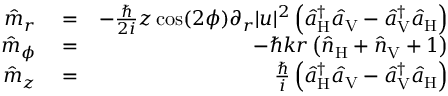
\begin{array} { r l r } { \hat { m } _ { r } } & { { } = } & { - \frac { \hbar } { 2 i } z \cos ( 2 \phi ) \partial _ { r } | u | ^ { 2 } \left( \hat { a } _ { \mathrm { H } } ^ { \dagger } \hat { a } _ { \mathrm { V } } - \hat { a } _ { \mathrm { V } } ^ { \dagger } \hat { a } _ { \mathrm { H } } \right) } \\ { \hat { m } _ { \phi } } & { { } = } & { - \hbar k r \left( \hat { n } _ { \mathrm { H } } + \hat { n } _ { \mathrm { V } } + 1 \right) } \\ { \hat { m } _ { z } } & { { } = } & { \frac { \hbar } { i } \left( \hat { a } _ { \mathrm { H } } ^ { \dagger } \hat { a } _ { \mathrm { V } } - \hat { a } _ { \mathrm { V } } ^ { \dagger } \hat { a } _ { \mathrm { H } } \right) } \end{array}